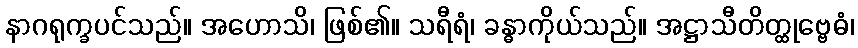
နာဂရုက္ခပင်သည်။ အဟောသိ၊ ဖြစ်၏။ သရီရံ၊ ခန္ဓာကိုယ်သည်။ အဋ္ဌာသီတိတ္ထုဗ္ဗေဓံ၊